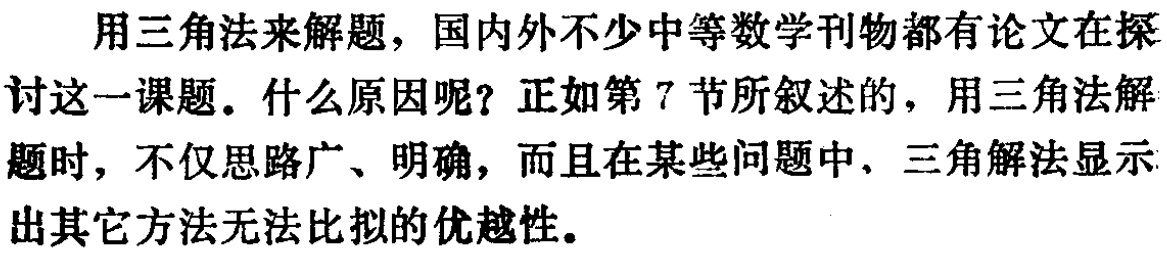
用三角法来解题，国内外不少中等数学刊物都有论文在探讨这一课题。什么原因呢？正如第7节所叙述的，用三角法解题时，不仅思路广、明确，而且在某些问题中，三角解法显示出其它方法无法比拟的优越性。